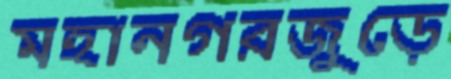
মহানগরজুড়ে